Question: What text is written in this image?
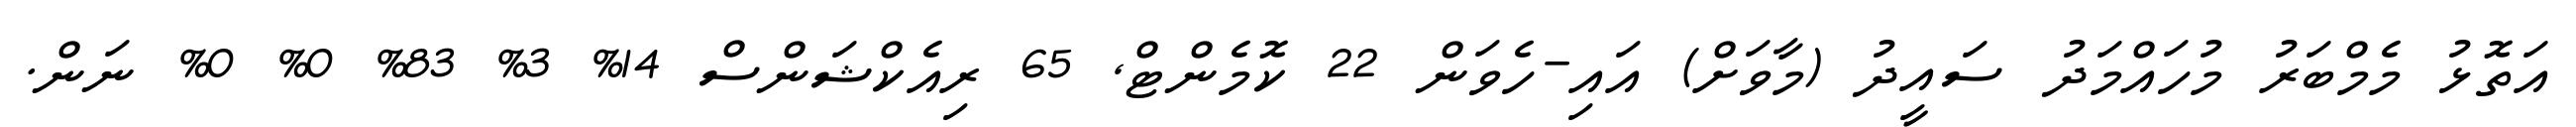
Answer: އަތޮޅު މެމްބަރު މުހައްމަދު ސައީދު (މާވަށް) އައި-ހެވަން 22 ކޮމެންޓް, 65 ރިއެކްޝަންސް 14% 3% 83% 0% 0% ނަން.